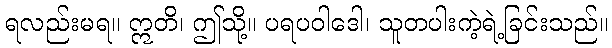
ရလည်းမရ။ ဣတိ၊ ဤသို့။ ပရပဝါဒေါ၊ သူတပါးကဲ့ရဲ့ခြင်းသည်။